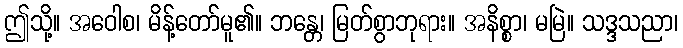
ဤသို့။ အဝေါစ၊ မိန့်တော်မူ၏။ ဘန္တေ၊ မြတ်စွာဘုရား။ အနိစ္စာ၊ မမြဲ။ သဒ္ဒသညာ၊